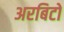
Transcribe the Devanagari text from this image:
अरबिटों